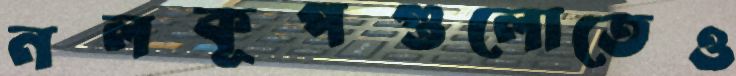
নলকূপগুলোতেও